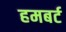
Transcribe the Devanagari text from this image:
हमबर्ट